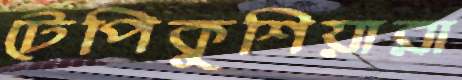
টেপিকুশিয়ারা